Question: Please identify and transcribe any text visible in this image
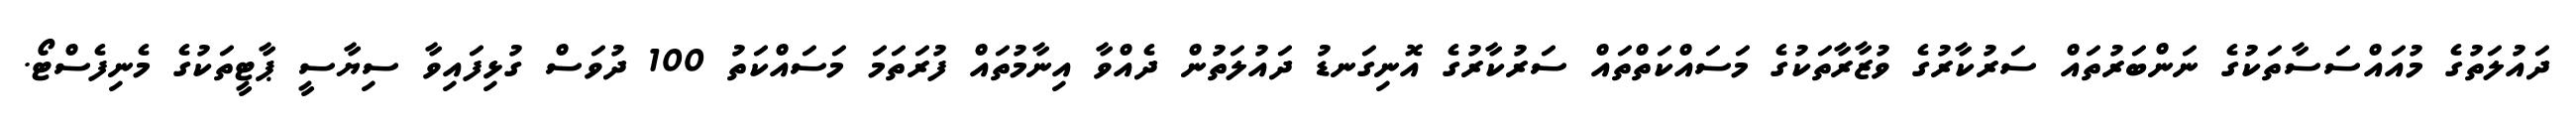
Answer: ދައުލަތުގެ މުއައްސަސާތަކުގެ ނަންބަރުތައް ސަރުކާރުގެ ވުޒާރާތަކުގެ މަސައްކަތްތައް ސަރުކާރުގެ އޮނިގަނޑު ދައުލަތުން ދެއްވާ އިނާމުތައް ފުރަތަމަ މަސައްކަތު 100 ދުވަސް ގުޅިފައިވާ ސިޔާސީ ޕާޓީތަކުގެ މެނިފެސްޓޯ.